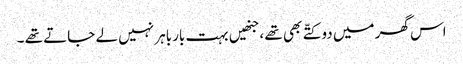
اس گھر میں دو کتّے بھی تھے ،جنھیں بہت بارباہر نہیں لے جاتے تھے ۔